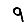
Digit: 9